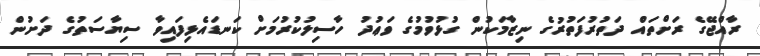
ރާއްޖޭގެ ރަށްތައް ދަތުރުފަތުރުގެ ނިޒާމަކުން ގުޅުވުމުގެ ވަޢުދު ހާސިލުކުރުމަށް ކަނޑައެޅިފައިވާ ސިޔާސަތުގެ ދަށުން